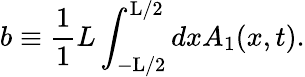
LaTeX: b\equiv\frac{1}{1}{L}\int_{-\mathrm{L}/2}^{\mathrm{L}/2}dxA_{1}(x,t).